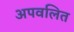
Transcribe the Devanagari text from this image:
अपवलित